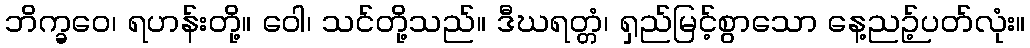
ဘိက္ခဝေ၊ ရဟန်းတို့။ ဝေါ၊ သင်တို့သည်။ ဒီဃရတ္တံ၊ ရှည်မြင့်စွာသော နေ့ညဉ့်ပတ်လုံး။